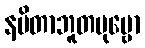
နပိတာဘူတပုဗ္ဗော